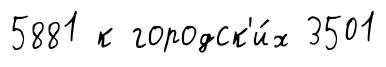
5881 к городск'и́х 3501